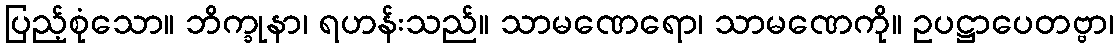
ပြည့်စုံသော။ ဘိက္ခုနာ၊ ရဟန်းသည်။ သာမဏေရော၊ သာမဏေကို။ ဥပဋ္ဌာပေတဗ္ဗာ၊